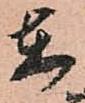
在